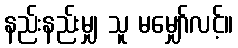
နည်းနည်းမျှ သူ မမျှော်လင့်။